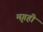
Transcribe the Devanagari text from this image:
मृगही